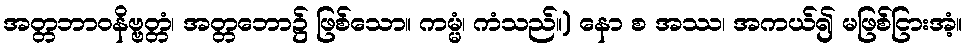
အတ္တဘာဝနိဗ္ဗတ္တံ၊ အတ္တဘော၌ ဖြစ်သော။ ကမ္မံ၊ ကံသည်။) နော စ အဿ၊ အကယ်၍ မဖြစ်ငြားအံ့။